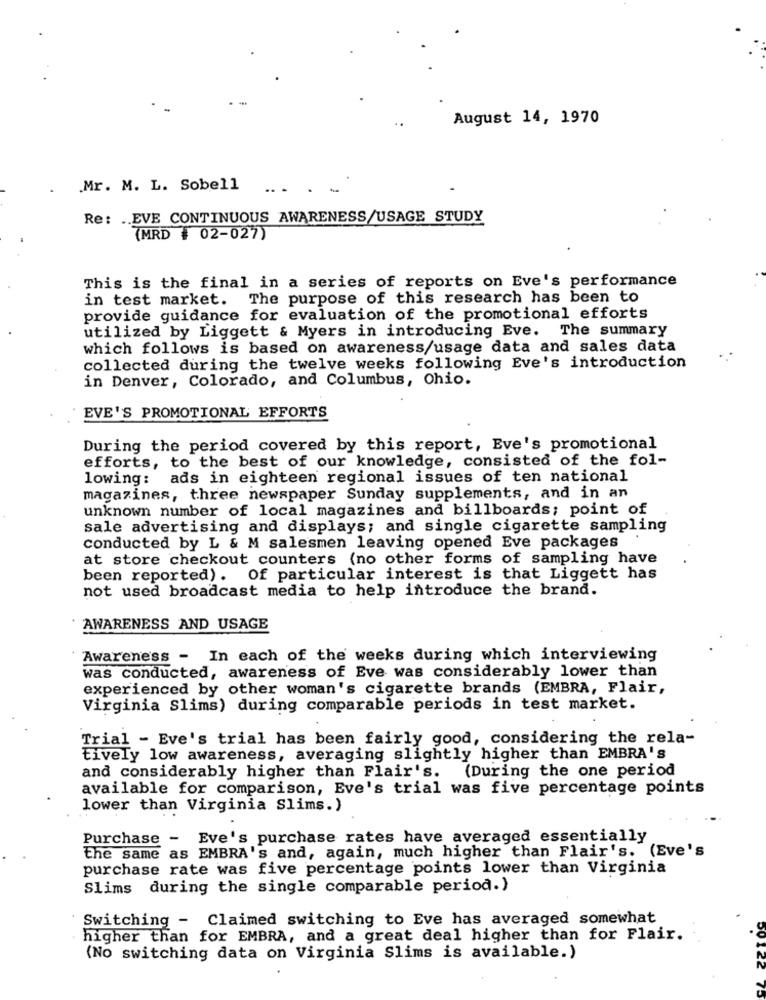
August 14, 1970
Mr. M. L. Sobell
Re: .. EVE CONTINUOUS AWARENESS/USAGE STUDY
(MRD # 02-027)
This is the final in a series of reports on Eve's performance
in test market.
The purpose of this research has been to
provide guidance for evaluation of the promotional efforts
utilized by Liggett & Myers in introducing Eve. The summary
which follows is based on awareness/usage data and sales data
collected during the twelve weeks following Eve's introduction
in Denver, Colorado, and Columbus, Ohio.
EVE'S PROMOTIONAL EFFORTS
During the period covered by this report, Eve's promotional
efforts, to the best of our knowledge, consisted of the fol-
lowing: ads in eighteen regional issues of ten national
magazines, three newspaper Sunday supplements, and in an
unknown number of local magazines and billboards; point of
sale advertising and displays; and single cigarette sampling
conducted by L & M salesmen leaving opened Eve packages
at store checkout counters (no other forms of sampling have
been reported). Of particular interest is that Liggett has
not used broadcast media to help introduce the brand.
AWARENESS AND USAGE
Awareness - In each of the weeks during which interviewing
was conducted, awareness of Eve was considerably lower than
experienced by other woman's cigarette brands (EMBRA, Flair,
Virginia Slims) during comparable periods in test market.
Trial - Eve's trial has been fairly good, considering the rela-
tively low awareness, averaging slightly higher than EMBRA's
(During the one period
and considerably higher than Flair's.
available for comparison, Eve's trial was five percentage points
lower than Virginia Slims.)
Purchase - Eve's purchase rates have averaged essentially
the same as EMBRA's and, again, much higher than Flair's. (Eve's
purchase rate was five percentage points lower than Virginia
Slims during the single comparable period.)
Switching - Claimed switching to Eve has averaged somewhat
higher than for EMBRA, and a great deal higher than for Flair.
(No switching data on Virginia Slims is available.)